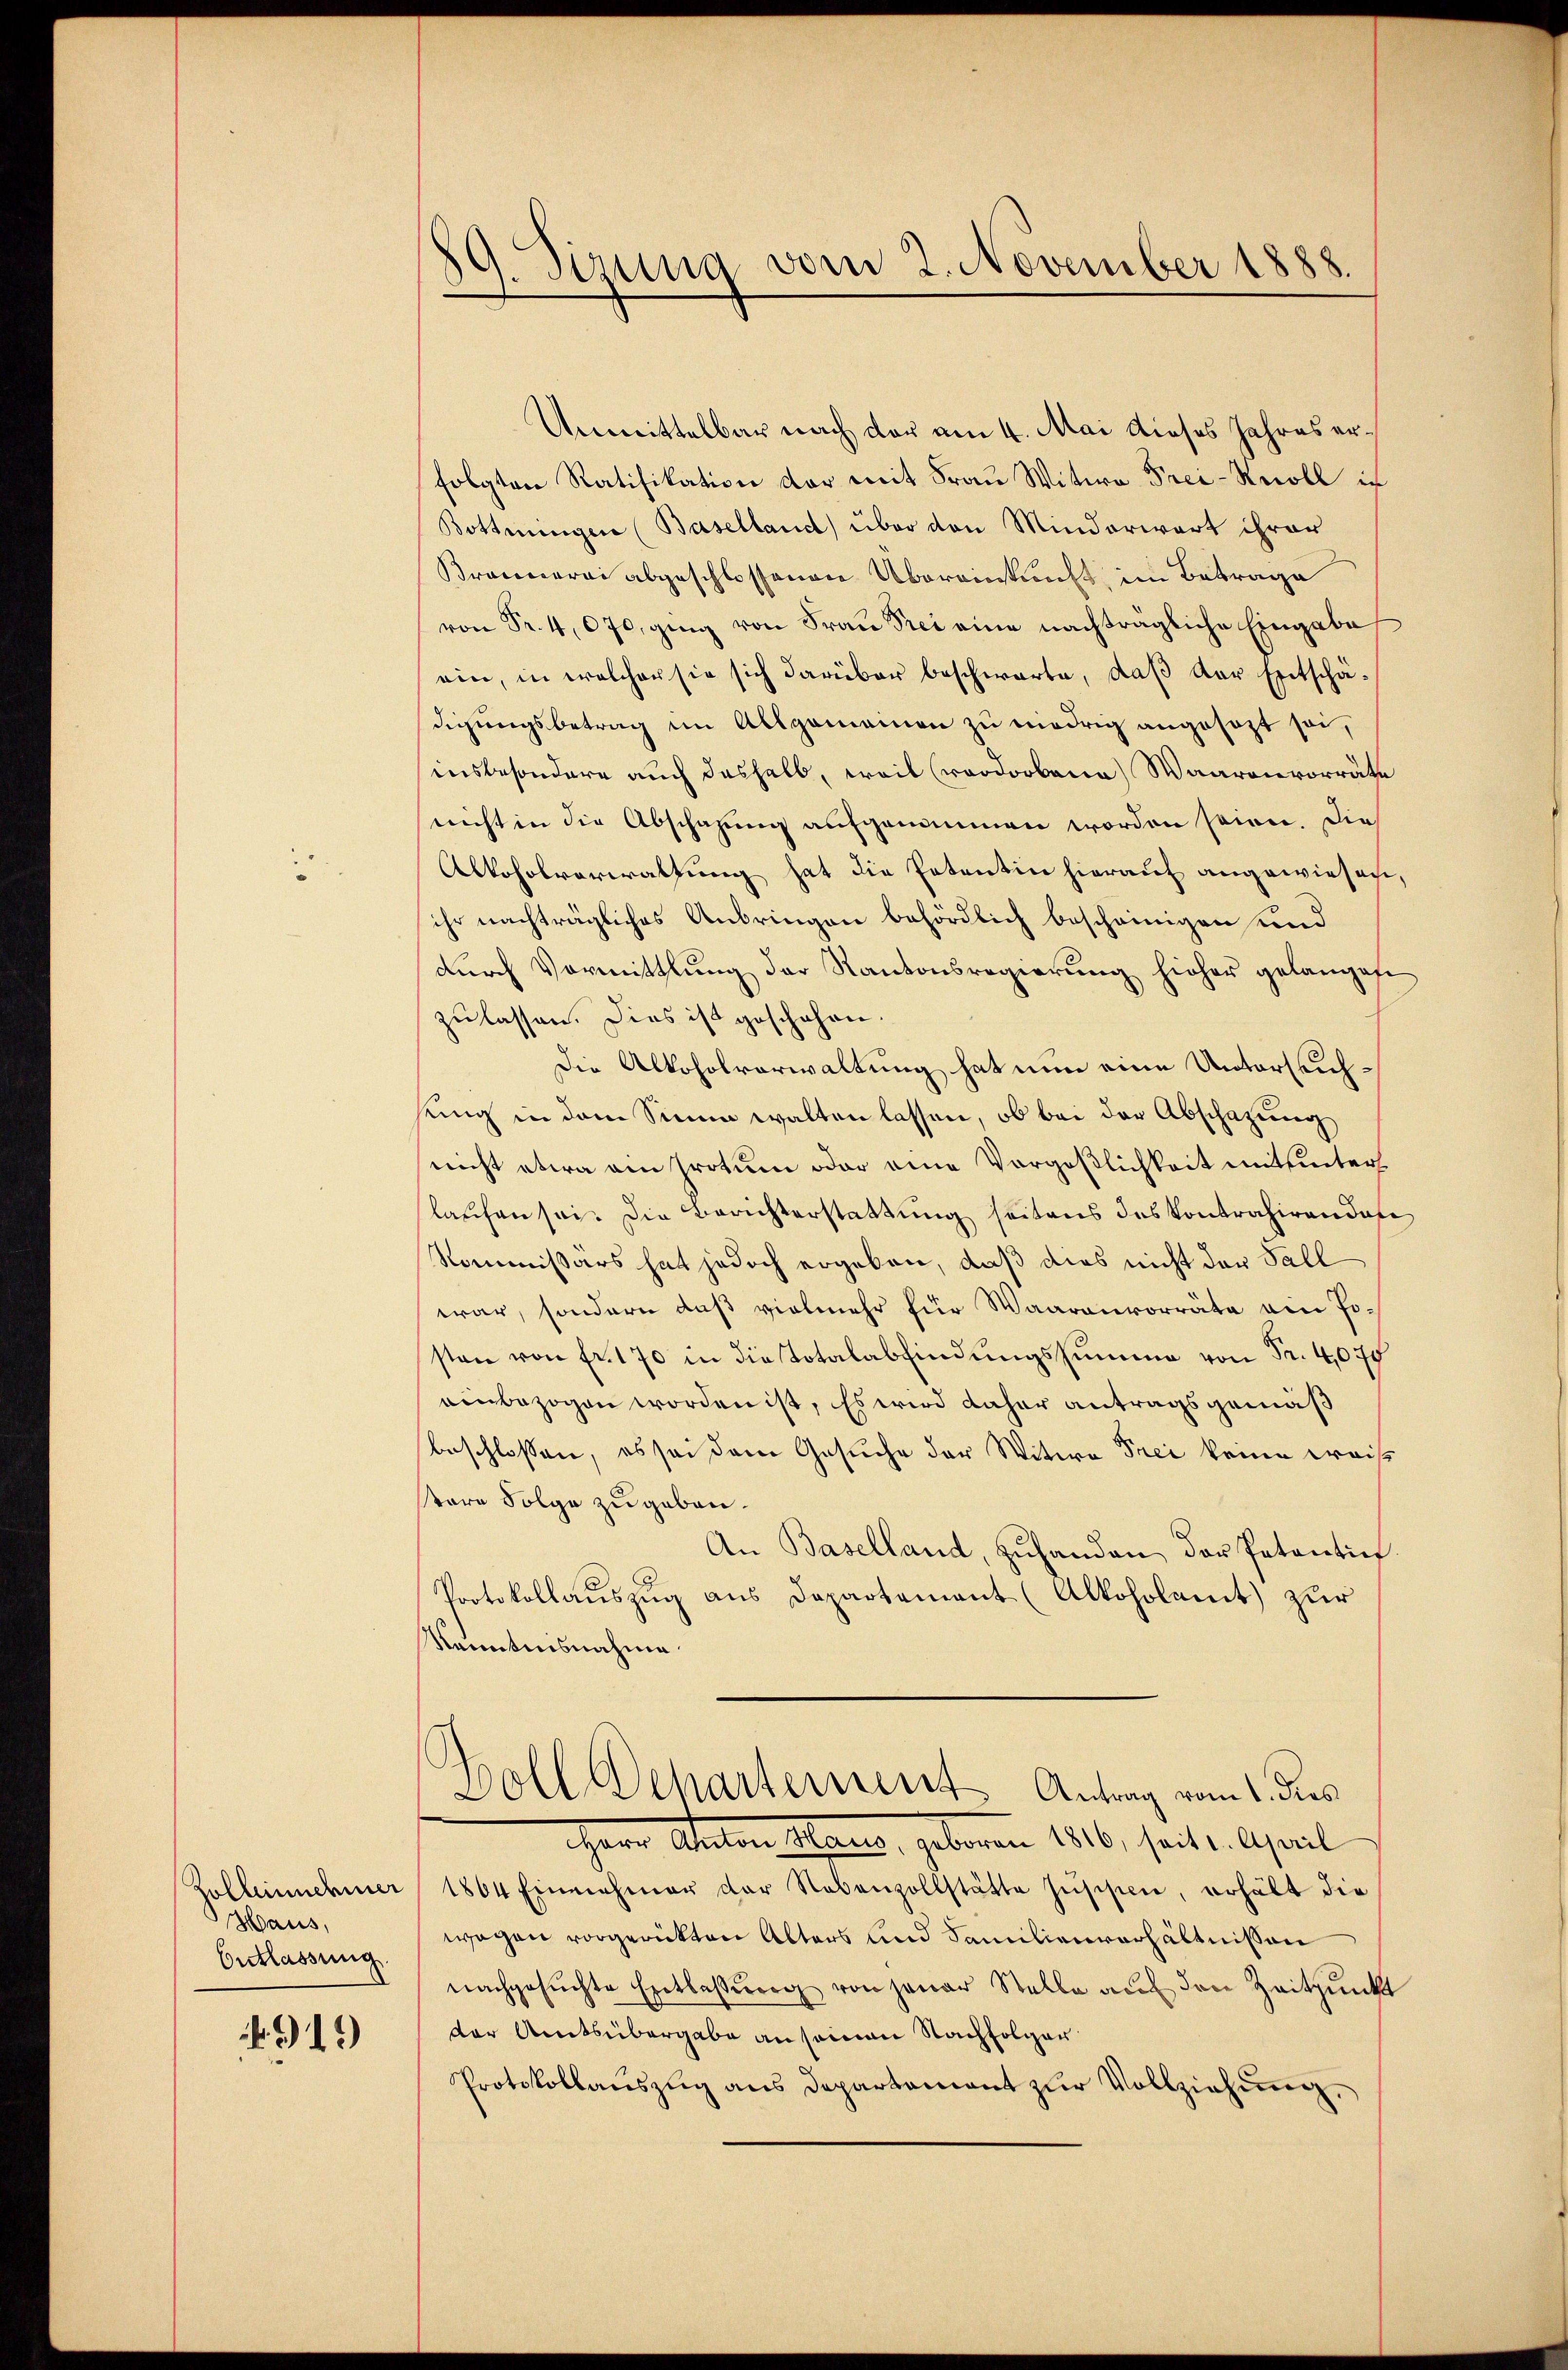
Zollinnehmer
Haus,
Eictlassung.

919)

s
59. Sizung vom 2. November 1888.

Unmittelbar nach der am 4. Mai dieses Jahres erfolgten Ratifikation der mit Frau Witwe Frei-Kecoll in
Bottminger (Baselland über den Minderwart ihrer
Brai abgeschlossenen Übereinkunft, im Betrage
von Fr. 4,070, ging von Frau Prei eine nachträgliche Eingabe
ein, in welcher sie sich darüber beschwarte, daβ der Entschädigungsbetrag im Allgemeinen zu niedrig angesezt sei,
insbesondere auch deshalb, weil (roodorbana Waarenvorräte
nicht in die Abschazung aufgenommen worden seien. Die
Alkoholverwaltung hat die Petentin hierauf angewiesen,
ihr nachträgliches Anbringen behördlich bescheinigen und
durch Vormittlung der Kantonsregierung hieher gelangete
zulassen. Dies ist geschehen.
Die Alkoholverwaltung hat nun eine Untersuchsung in dem Sinne walten lassen, ob bei der Abschazung
nicht etwa am Protum oder eine Vorgeßlichkeit mitunter
laufen sei. Die Berichterstattung seitens des Kontrahirendase
Kommissärs hat jedoch ergeben, daß dies nicht der Fall
war, sondern daß vielmehr für Waarenvorräte ein Posten von fr. 170 in die Totalabfindungssumme von Fr. 4,075
einbezogen worden ist, Es wird daher antragsgemäß
beschlossen, es sei dem Gesuche der Witwe Frei keine weis
tare Folge zu geben¬
An Baselland, zŭhanden der Petentin
Protokollauszug aus Departement (Alkoholamt zur
Kanntnisnahme.
Boll Scharterient Antrag vom 1. dies
HHerr Anton Mann, geboren 1816, seit 1. April
1864 Einnahmer der Nebenzollstätte Inschien, erhält die
wagen vorgerückten Alters und Familienverhältnissen
nachgesuchte Entlassung von jener Stelle auf den Zeitpunkt
der Amtsübergabe an seinen Nachfolger
Protokollaŭszŭg ans Departament zŭr Vollziehung,